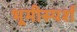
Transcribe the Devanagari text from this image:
भूमीस्पर्श